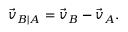
{ \vec { v } } _ { B \mid A } = { \vec { v } } _ { B } - { \vec { v } } _ { A } .